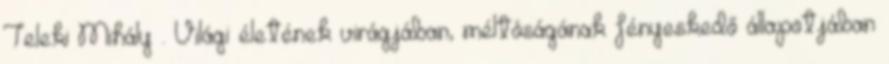
Teleki Mihály . Világi életének virágjában, méltóságának fényeskedő állapotjában